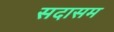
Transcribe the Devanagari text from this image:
सदासम